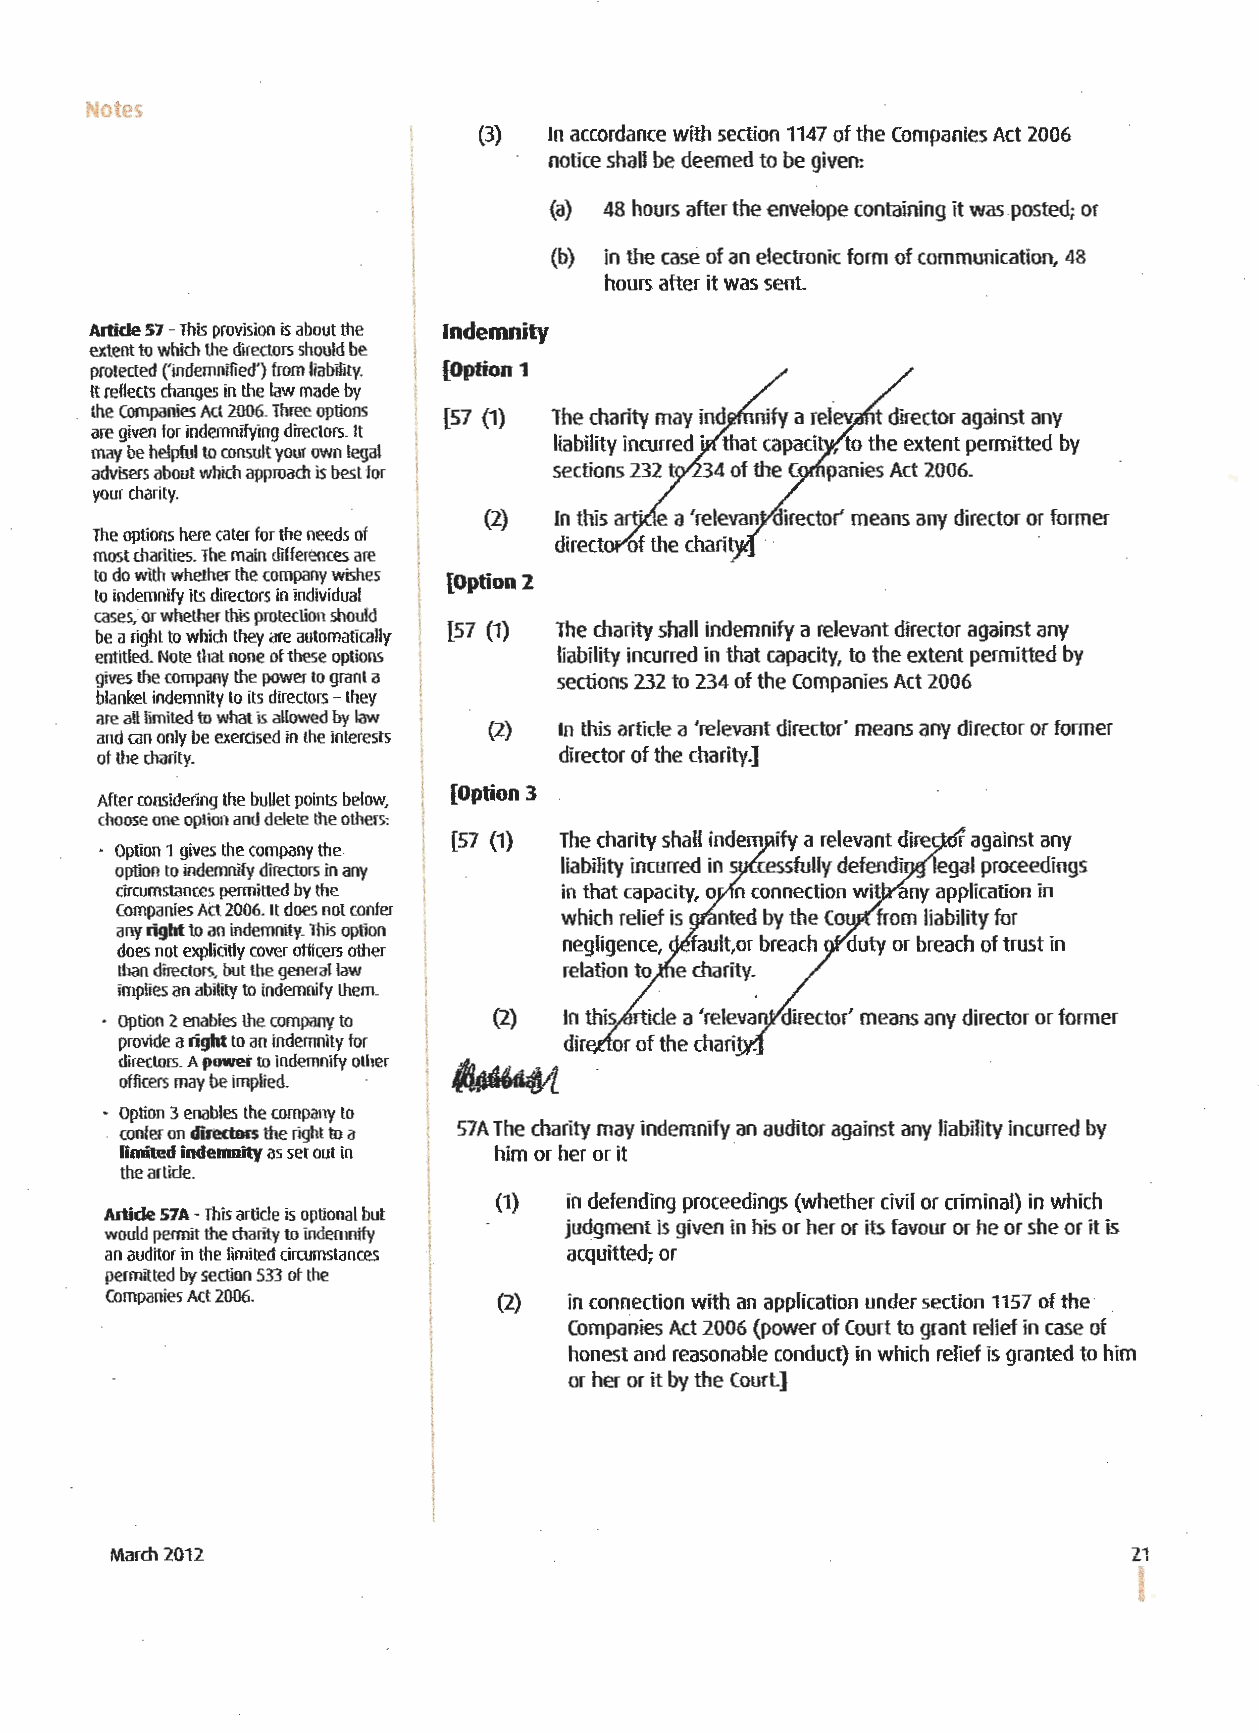
Notes
 (3) In accordance with section 1147 of the Companies Act 2006
 notice shall be deemed to be given:
 (a) 48 hours after the envelope containing it was posted; or
 (b) in the case of an electronic form of communication, 48
 hours after it was sent.
 Artid~ 57 -This provision is about the Indemnity
 extent to which the directors should be
 protected ('indemnified') from liability. [Option 1
 It reflects changes in the law made by
 the Companies Act 2006. Three options [57 (1)
 are given for indemnifying directors. It
 may be helpful to consult your own legal
 advisers about which approach is best for
 your charity.
 The options here cater for the needs of
 most charities. The main differences are
 to do with whether the company wishes
 [Option2
 to indemnify its directors in individual
 cases, or whether this protection should
 [57 (1) The charity shall indemni,fy a relevant director against any
 be a right to which they are automatically
 entitled. Note that none of these options liability incurred in that capacity, to the extent permitted by
 gives the company the power to grant a sections 232 to 234 of the Companies Act 2006
 blanket indemnity to its directors - they
 are all limited to what is allowed by law
 (2)  In this article a 'relevant director' means any director or former
 and can only be exercised in the interests
 of the charity.                director of the charity.]
 [Option 3
 After considering the bullet points below,
 choose one option and delete the others:
 [57 (1) The charity shall indem ify a relevant dire r against any
 Option 1 gives the company the
 option to indemnify directors in any liability incurred in s cessfully defendi legal proceedings
 circumstances permitted by the in that capacity, o n connection wit any application in
 Companies Act 2006. It does not confer
 which relief is nted by the Cou from liability for
 any right to an indemnity. This option
 negligence, fault,or breach outy or breach of trust in
 does not explicitly cover officers other
 than directors. but the general law relation to e charity.
 implies an ability to indemnify them.
 Option 2 enables the company to (2) In this rticle a 'relevan oirector' means any director or former
 provide a right to an indemnity for dir or of the chari .
 directors. A power to indemnify other
 ~
 officers may be implied ..
 Option 3 enables the company to
 confer on directors the right to a 57A The charity may indemnify an auditor against any liability incurred by
 limited indemnity as set out in . him or her or it
 the article.
 (1}  in defending proceedings (whether civil or criminal) in which
 Artide 57A -This article is optional but
 judgment is given in his or her or its favour or he or she or it is
 would permit the charity to indemnify
 an auditor in the limited circumstances acquitted; or
 permitted by section 533 of the
 Companies Act 2006.       (2)  in connection with an application under section 1157 of the
 Companies Act 2006 (power of Court to grant relief in case of
 honest and reasonable conduct) in which relief is granted to him
 or her or it by the Court.]
 March 2012                                                          21